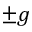
\pm g